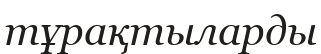
тұрақтыларды